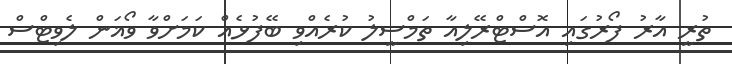
ތުރީ އާރު ފޯރުގައި އޮސްޓްރޭލިއާ ތަމްސީލު ކުރެއްވި ބޭފުޅެއް ކަމަށްވާ ވޯޣަން ލެވިޓްސް